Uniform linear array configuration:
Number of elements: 64
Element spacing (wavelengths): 0.25
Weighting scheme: blackman
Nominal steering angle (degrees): -45
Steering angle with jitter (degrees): -43.292
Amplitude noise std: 0.05
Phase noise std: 0.05

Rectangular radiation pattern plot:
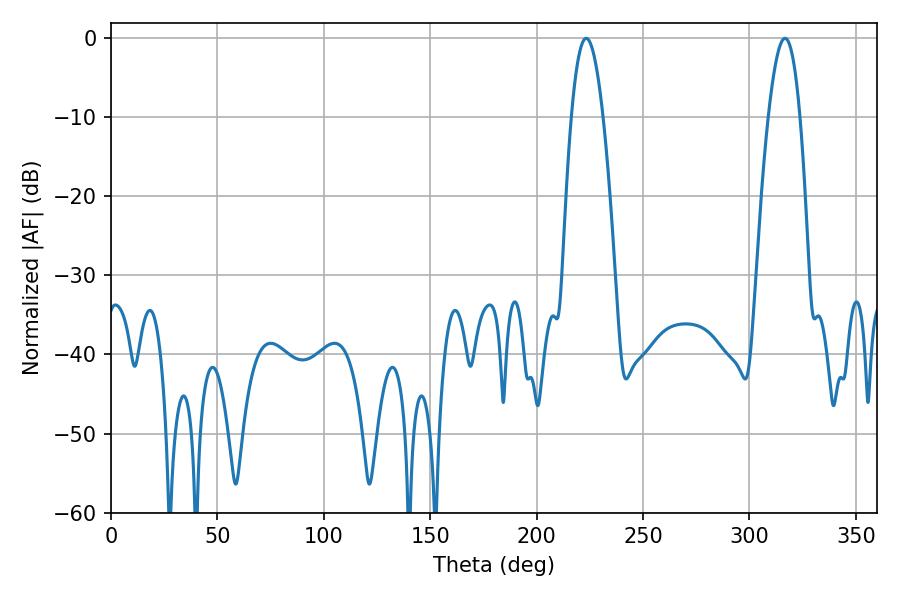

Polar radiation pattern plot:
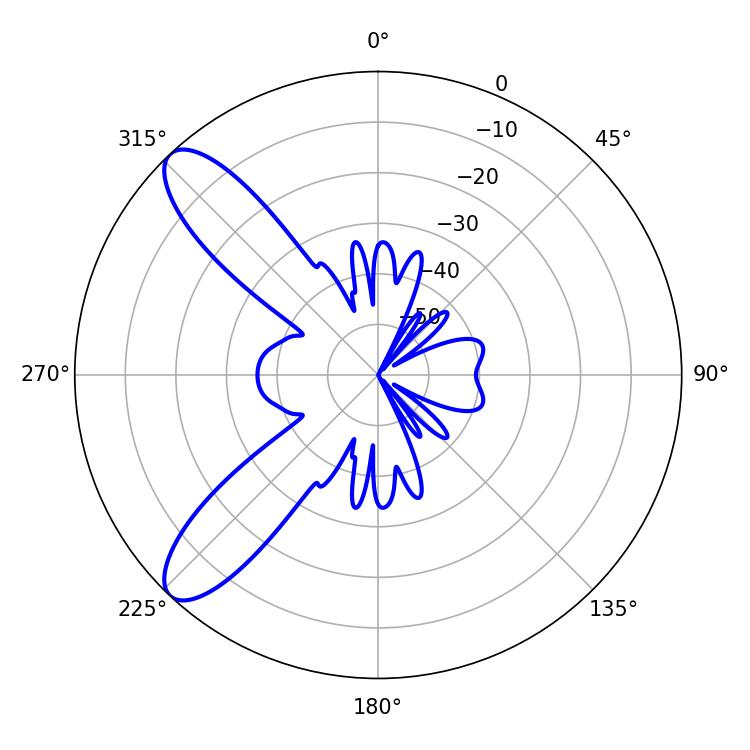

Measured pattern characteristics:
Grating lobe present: FALSE
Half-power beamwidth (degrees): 8.1
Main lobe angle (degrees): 223.38